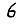
Digit: 6